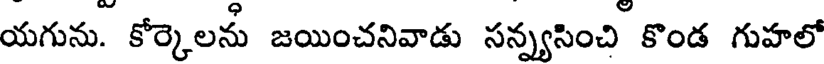
యగును. కోర్కెలను జయించనివాడు సన్న్యసించి కొండ గుహలో